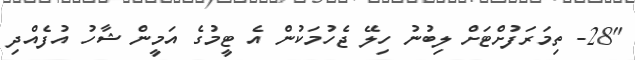
"28- ތިމަރަފުށްޓަށް ލިބުނު ހިލޭ ޖެހުމަކުން އެ ޓީމުގެ އަމީން ޝާހު އުފެއްދި